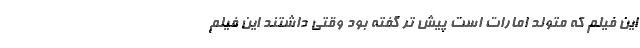
این فیلم که متولد امارات است پیش تر گفته بود وقتی داشتند این فیلم